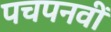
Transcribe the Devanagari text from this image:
पचपनवीं